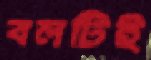
বলটিই